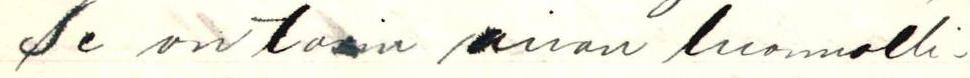
Se on tosin aivan luonnolli-